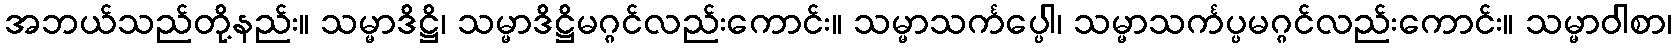
အဘယ်သည်တို့နည်း။ သမ္မာဒိဋ္ဌိ၊ သမ္မာဒိဋ္ဌိမဂ္ဂင်လည်းကောင်း။ သမ္မာသင်္ကပ္ပေါ၊ သမ္မာသင်္ကပ္ပမဂ္ဂင်လည်းကောင်း။ သမ္မာဝါစာ၊